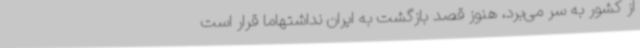
از کشور به سر می‌برد، هنوز قصد بازگشت به ایران نداشتهاما قرار است